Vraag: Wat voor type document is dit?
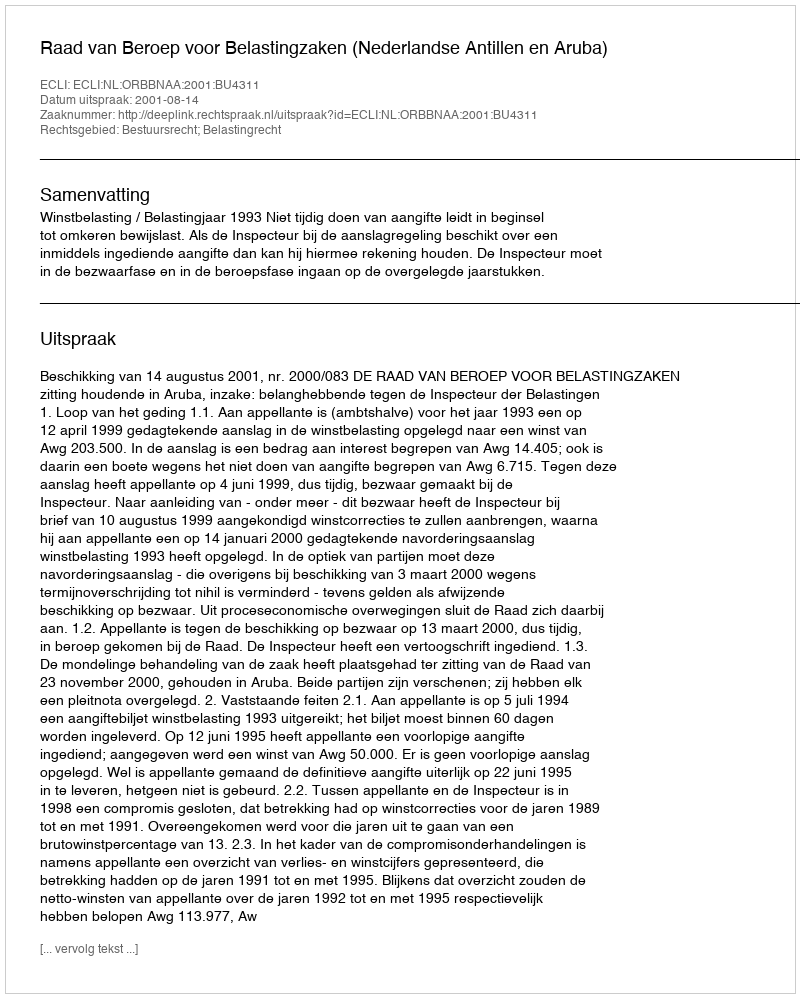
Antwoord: Uitspraak